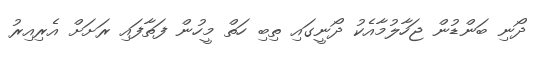
ދޯނި ބަންޑުން ޖަހާލުމާއެކު ދޯނީގައި ތިބި ހަތް މީހުން ފަތާފައި ރަށަށް އެރިއިރު